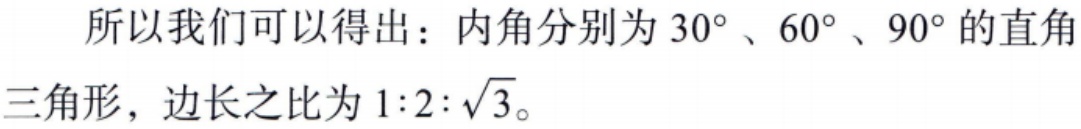
所以我们可以得出：内角分别为 \(30^{\circ}\)、\(60^{\circ}\)、\(90^{\circ}\) 的直角三角形，边长之比为 \(1:2:\sqrt{3}\)。